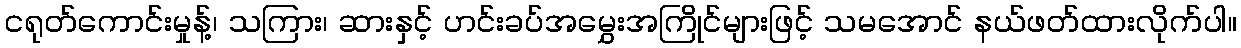
ငရုတ်ကောင်းမှုန့်၊ သကြား၊ ဆားနှင့် ဟင်းခပ်အမွှေးအကြိုင်များဖြင့် သမအောင် နယ်ဖတ်ထားလိုက်ပါ။